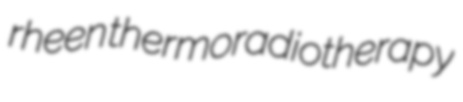
rheen thermoradiotherapy